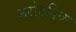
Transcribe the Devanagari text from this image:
नरोदनिक